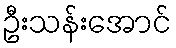
ဦးသန်းအောင်